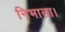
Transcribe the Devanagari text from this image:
निभाता।